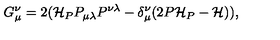
G _ { \mu } ^ { \nu } = 2 ( { \cal H } _ { P } P _ { \mu \lambda } P ^ { \nu \lambda } - \delta _ { \mu } ^ { \nu } ( 2 P { \cal H } _ { P } - { \cal H } ) ) ,